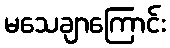
မသေချာကြောင်း